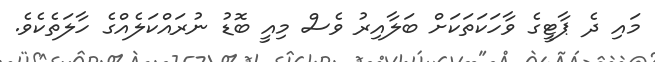
މައި ދެ ޕާޓީގެ ވާހަކަތަކަށް ބަލާއިރު ވެސް މިއީ ބޮޑު ނުރައްކަލެއްގެ ހާލަތެކެވެ.